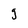
Character: g